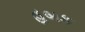
હબક